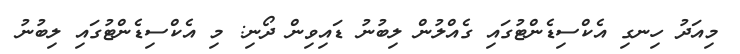
މިއަދު ހިނގި އެކްސިޑެންޓުގައި ގެއްލުން ލިބުނު ޑައިވިން ދޯނި: މި އެކްސިޑެންޓުގައި ލިބުނު